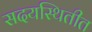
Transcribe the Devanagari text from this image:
सदयस्थितीत